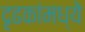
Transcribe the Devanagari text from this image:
दृढकांमध्ये